Riigikantselei, lk 108
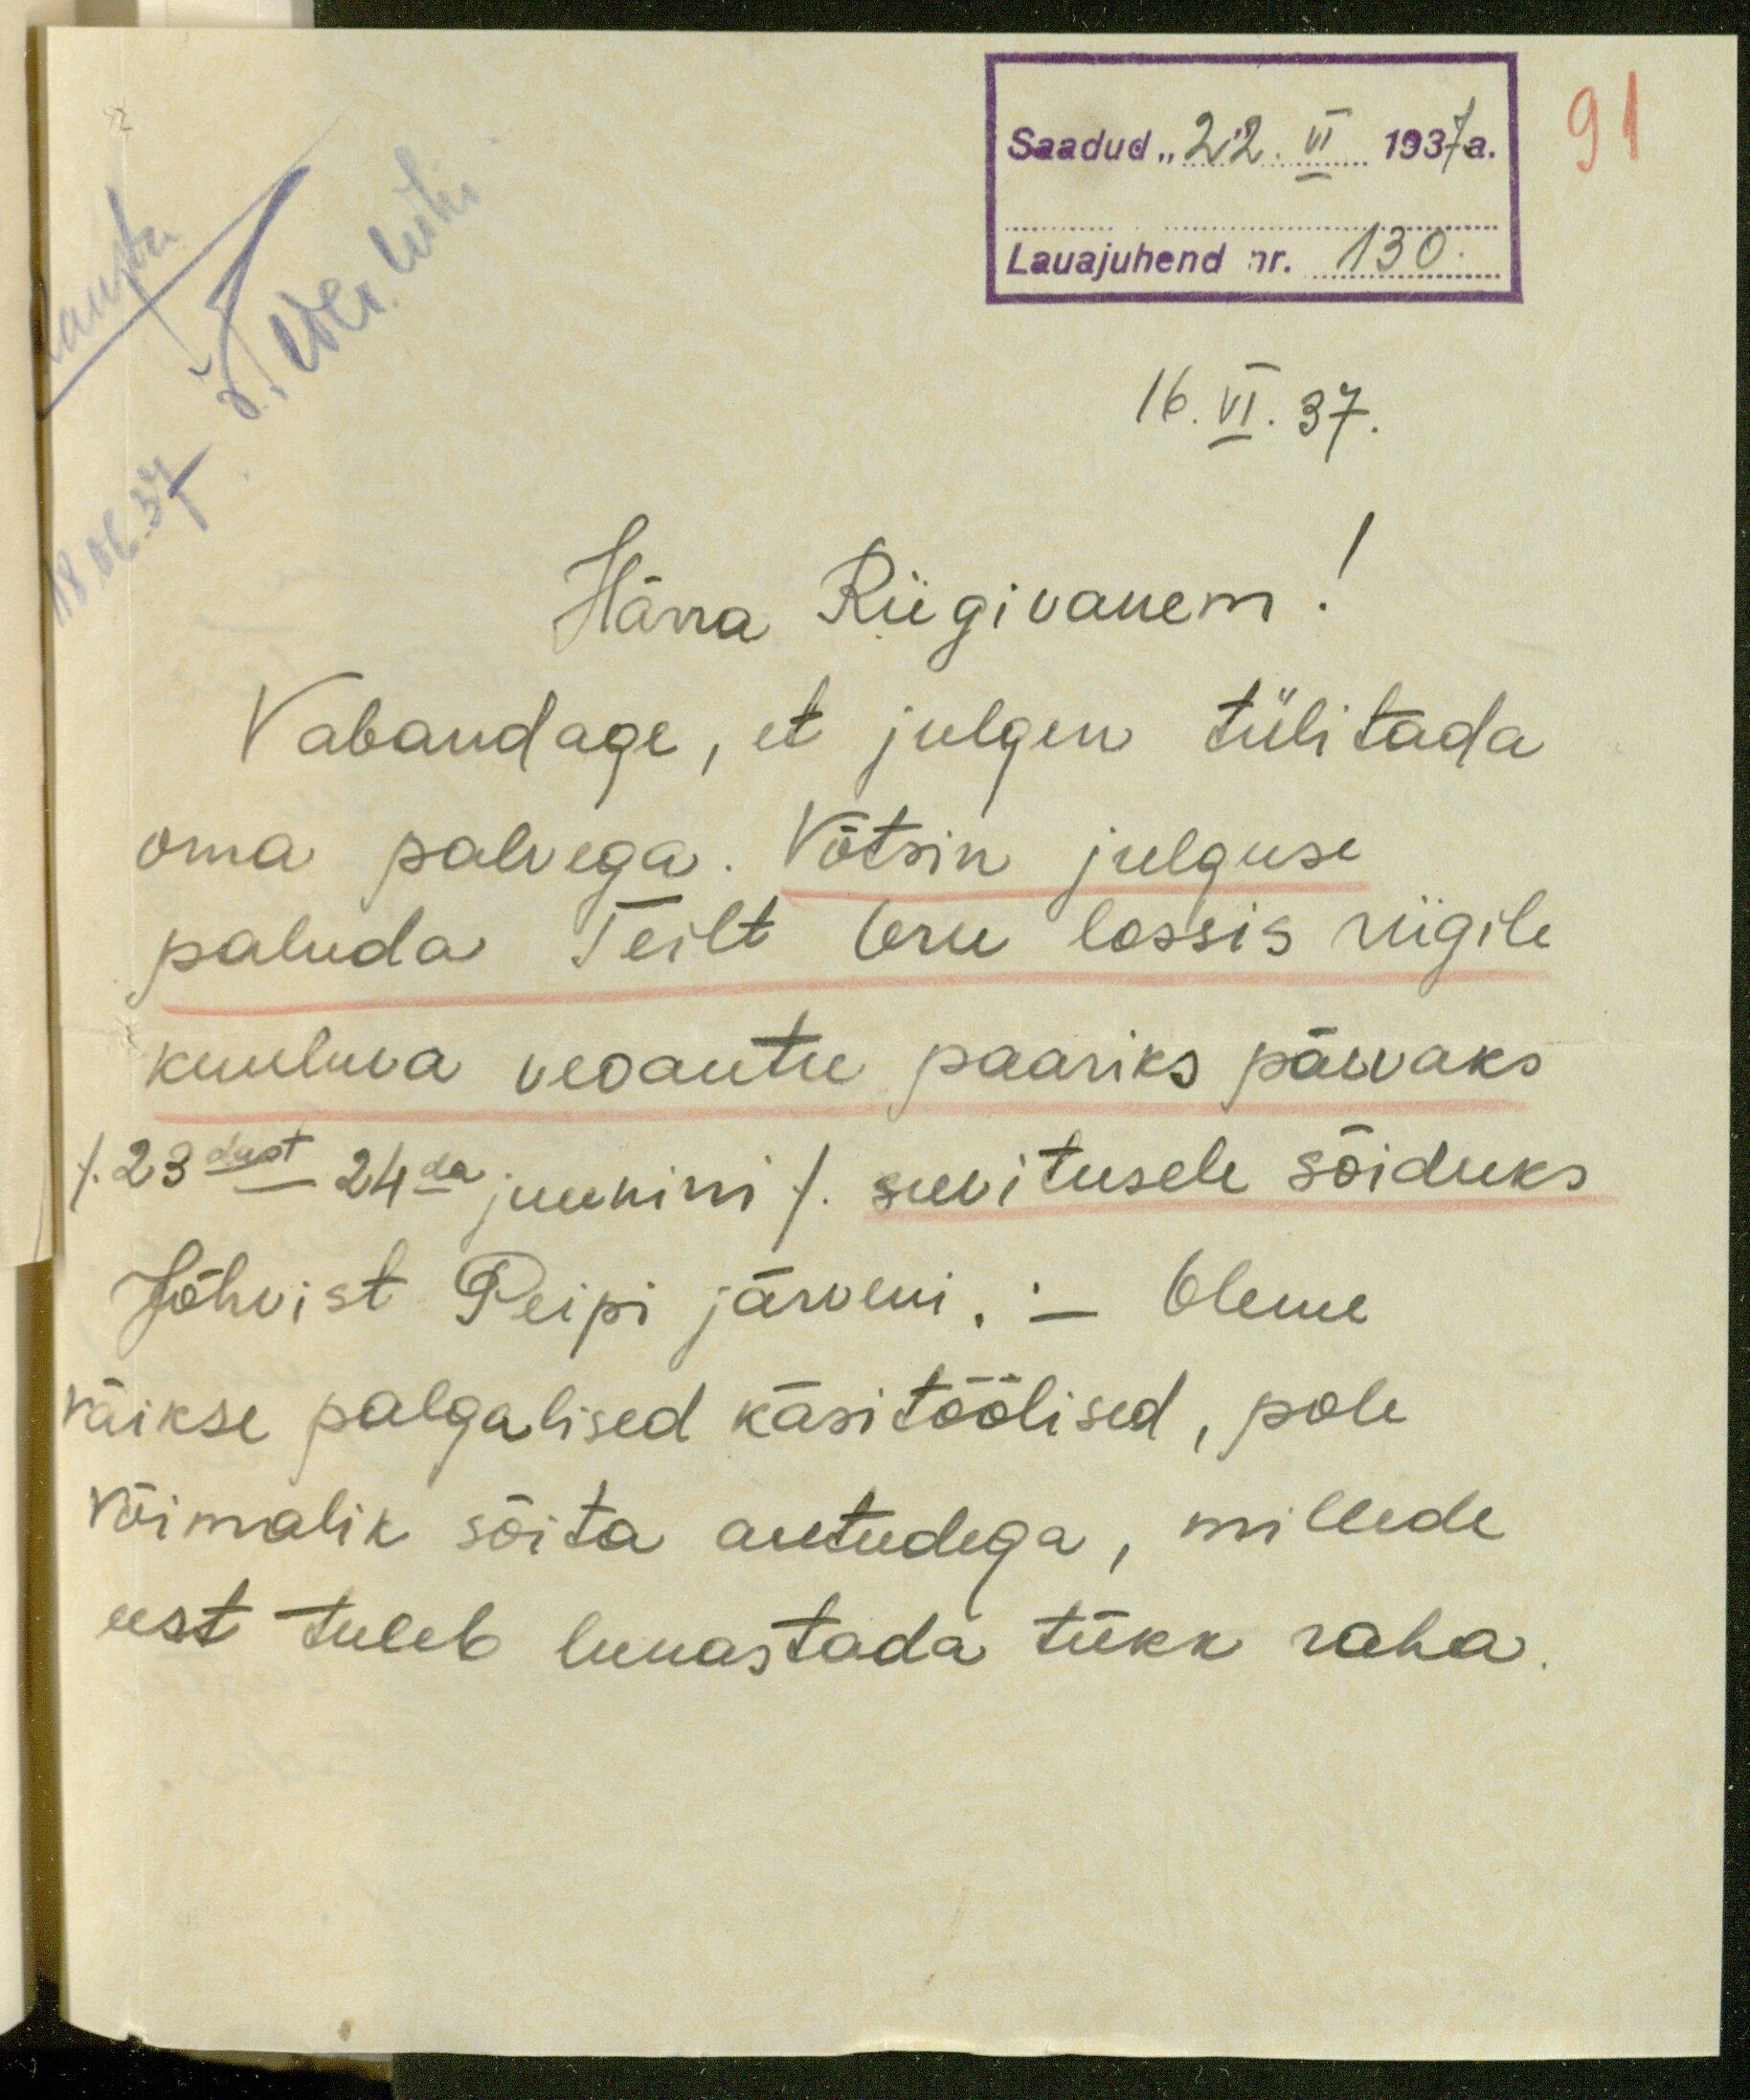
91
Saadud "22. VI 1937. a.
Lauajuhend nr. 130.
16. VI. 37.
Härra Riigivanem!
Vabandage, et julgen tülitada
oma palvega. Võtsin julguse
paluda Teilt Oru lossis riigile
kuuluva veoautu paariks päevaks
/ 23dast - 24da juunini / suvitusele sõiduks
Jõhvist Peipi järveni. - Oleme
väikse palgalised käsitöölised, pole
võimalik sõita autudega, millede
eest tuleb lunastada tükk raha.